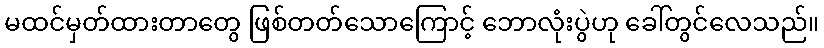
မထင်မှတ်ထားတာတွေ ဖြစ်တတ်သောကြောင့် ဘောလုံးပွဲဟု ခေါ်တွင်လေသည်။